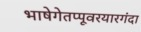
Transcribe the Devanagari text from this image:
भाषेगेतप्पूवरयारगंदा